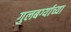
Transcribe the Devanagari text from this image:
गुलबर्ग्याच्या